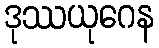
ဒုဿယုဂေန